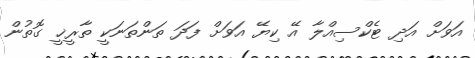
އަވަށް އަދި ޓެކްސިއްލާ އޭ ކިޔޭ އަވަށް ފަދަ ތަންތަނަކީ ތާރީޚީ ގޮތުން